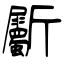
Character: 斸